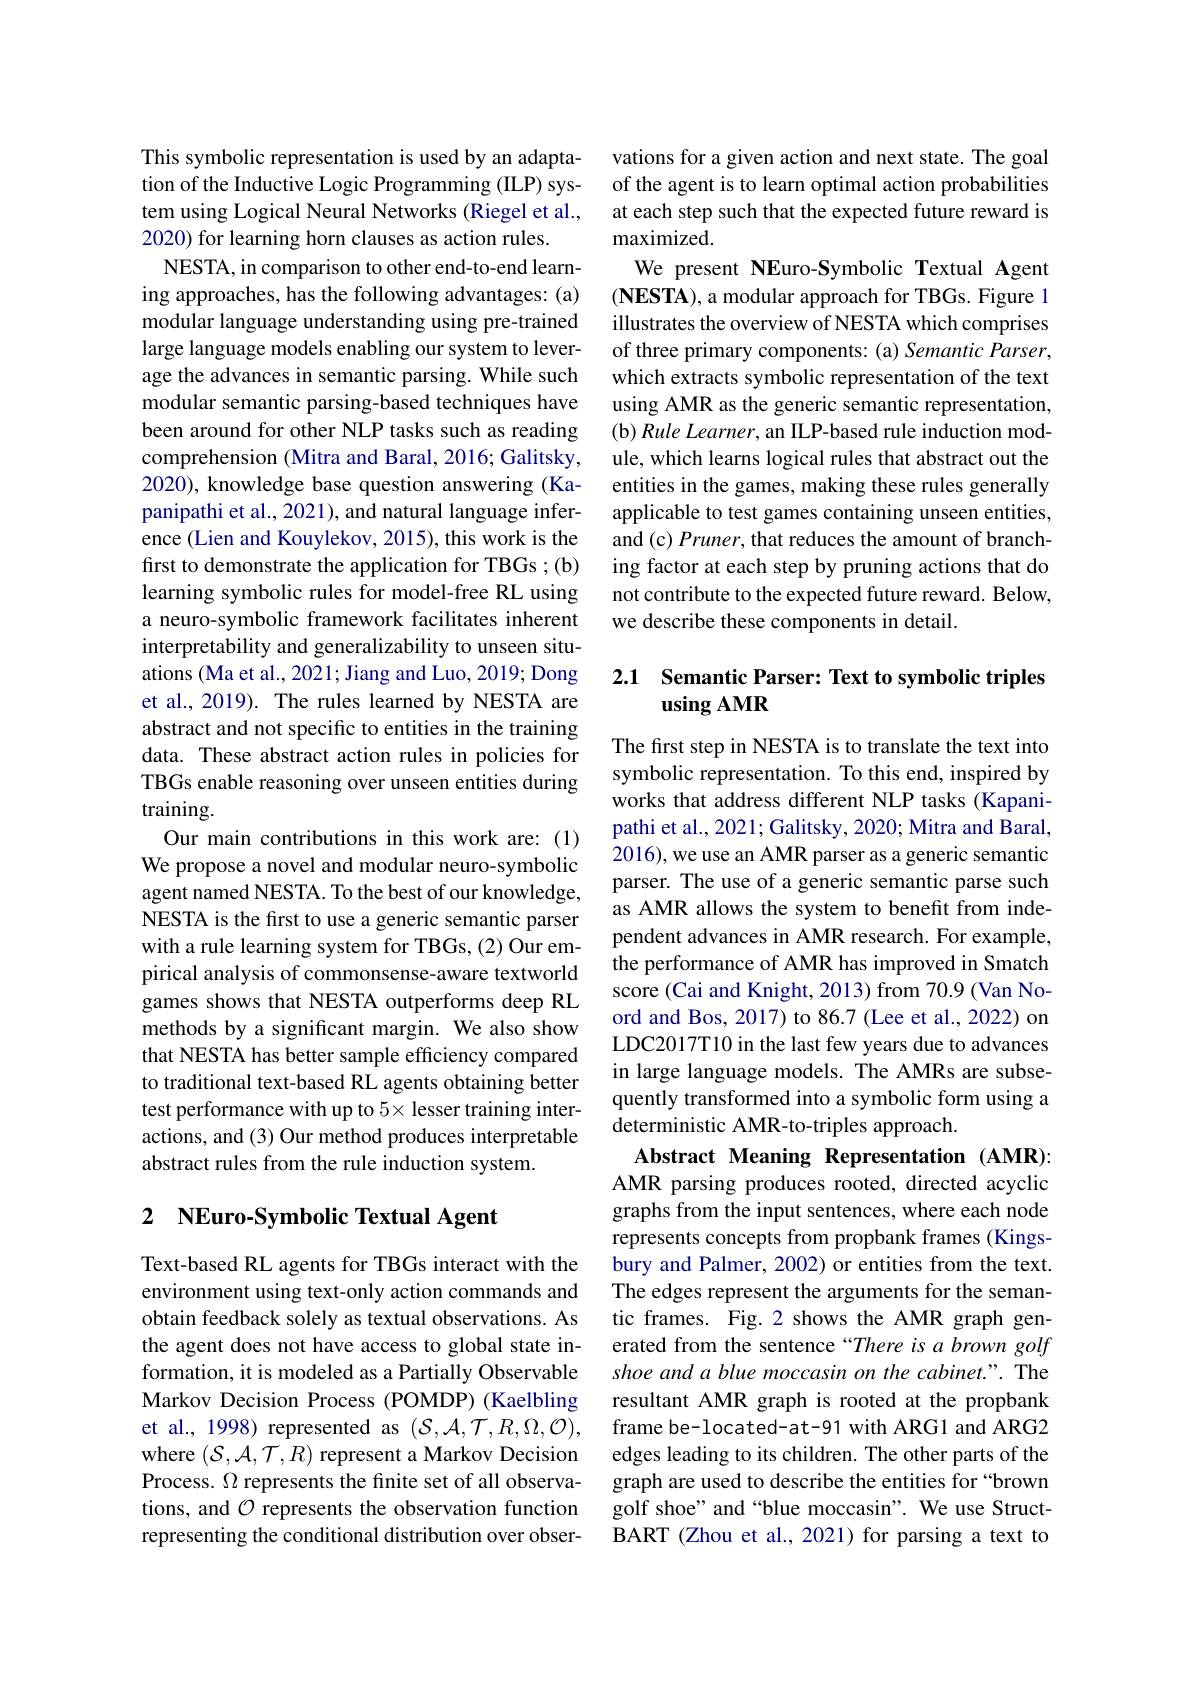
This symbolic representation is used by an adaptation of the Inductive Logic Programming (IILP) system using Logical Neural Networks (Riegel et al., 2020) for learning horn clauses as action rules.
NESTA, in comparison to other end-to-end learning approaches, has the following advantages: (a) modular language understanding using pre-trained large language models enabling our system to leverage the advances in semantic parsing. While such modular semantic parsing-based techniques have been around for other NLP tasks such as reading comprehension (Mitra and Baral, 2016; Galitsky, 2020), knowledge base question answering (Kapanipathi et al., 2021), and natural language inference (Lien and Kouylekov, 2015), this work is the first to demonstrate the application for TBGs ; (b) learning symbolic rules for model-free RL using a neuro-symbolic framework facilitates inherent interpretability and generalizability to unseen situations (Ma et al., 2021; Jiang and Luo, 2019; Dong et al., 2019). The rules learned by NESTA are abstract and not specific to entities in the training data. These abstract action rules in policies for TBGs enable reasoning over unseen entities during training.
Our main contributions in this work are: (1) We propose a novel and modular neuro-symbolic agent named NESTA. To the best of our knowledge, NESTA is the frst to use a generic semantic parser with a rule learning system for TBGs, (2) Our empirical analysis of commonsense-aware textworld games shows that NESTA outperforms deep RL methods by a significant margin. We also show that NESTA has better sample efficiency compared to traditional text-based RL agents obtaining better test performance with up to $5\times$ lesser training interactions, and (3) Our method produces interpretable abstract rules from the rule induction system.

## 2 $\textbf{NEuro- Symbolic Textual Agent}$

Text-based RL agents for TBGs interact with the environment using text-only action commands and obtain feedback solely as textual observations. As the agent does not have access to global state information, it is modeled as a Partially Observable Markov Decision Process (POMDP) (Kaelbling et al., 1998) represented as $(\mathcal{S},\mathcal{A},\mathcal{T},R,\Omega,\mathcal{O})$, where $(\mathcal{S},\mathcal{A},\mathcal{T},R)$ represent a Markov Decision Process. $\Omega$ represents the finite set of all observations, and $\mathcal{O}$ represents the observation function representing the conditional distribution over obser-

vations for a given action and next state. The goal of the agent is to learn optimal action probabilities at each step such that the expected future reward is maximized.
We present NEuro-Symbolic Textual Agent (NESTA), a modular approach for TBGs. Figure 1 illustrates the overview of NESTA which comprises of three primary components: (a) Semantic Parser, which extracts symbolic representation of the text using AMR as the generic semantic representation, (b) Rule Learner, an ILP-based rule induction module, which learns logical rules that abstract out the entities in the games, making these rules generally applicable to test games containing unseen entities, and (c) Pruner, that reduces the amount of branching factor at each step by pruning actions that do not contribute to the expected future reward. Below, we describe these components in detail.

## 2.1 Semantic Parser: Text to symbolic triples using AMR

The first step in NESTA is to translate the text into symbolic representation. To this end, inspired by works that address different NLP tasks (Kapanipathi et al., 2021; Galitsky, 2020; Mitra and Baral, 2016), we use an AMR parser as a generic semantic parser. The use of a generic semantic parse such as AMR allows the system to benefit from independent advances in AMR research. For example, the performance of AMR has improved in Smatch score (Cai and Knight, 2013) from 70.9 (Van Noord and Bos, 2017) to 86.7 (Lee et al., 2022) on LDC2017T10 in the last few years due to advances in large language models. The AMRs are subsequently transformed into a symbolic form using a deterministic AMR-to-triples approach.
Abstract Meaning Representation (AMR): AMR parsing produces rooted, directed acyclic graphs from the input sentences, where each node represents concepts from propbank frames (Kingsbury and Palmer, 2002) or entities from the text. The edges represent the arguments for the semantic frames. Fig.2 shows the AMR graph generated from the sentence “There is a brown golf shoe and a blue moccasin on the cabinet.". The resultant AMR graph is rooted at the propbank frame be- located- at-91 with ARG1 and ARG2 edges leading to its children. The other parts of the graph are used to describe the entities for “brown golf shoe" and “blue moccasin”. We use StructBART (Zhou et al., 2021) for parsing a text to